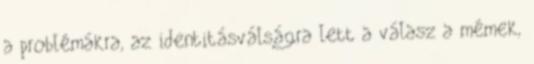
a problémákra, az identitásválságra lett a válasz a mémek,